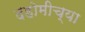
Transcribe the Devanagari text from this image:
दहोमीच्या